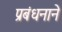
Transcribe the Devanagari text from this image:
प्रबंधनाने